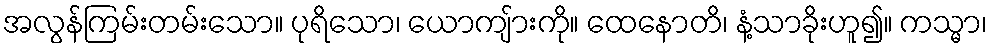
အလွန်ကြမ်းတမ်းသော။ ပုရိသော၊ ယောကျ်ားကို။ ထေနောတိ၊ နံ့သာခိုးဟူ၍။ ကသ္မာ၊